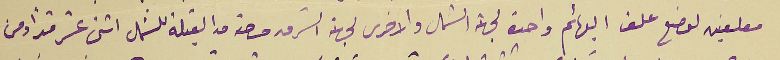
معلفين لوضع علف البهائم واحدة لجهة الشمال والاخرى لجهة الشرق مساحته من القبلة للشمال اثنى عشر قداً ومن